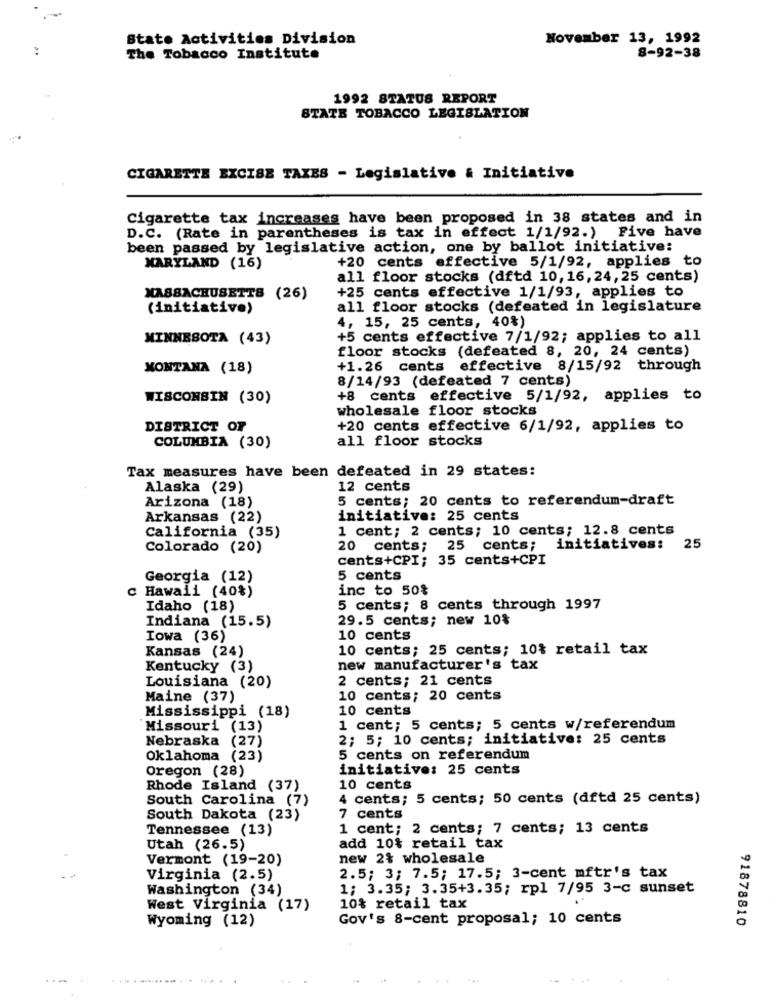
State Activities Division
November 13, 1992
The Tobacco Institute
8-92-38
1992 STATUS REPORT
STATE TOBACCO LEGISLATION
CIGARETTE EXCISE TAXES - Legislative & Initiative
Cigarette tax increases have been proposed in 38 states and in
D.C. (Rate in parentheses is tax in effect 1/1/92.) Five have
been passed by legislative action, one by ballot initiative:
+20 cents effective 5/1/92, applies to
MARYLAND (16)
all floor stocks (dftd 10, 16, 24, 25 cents)
+25 cents effective 1/1/93, applies to
MASSACHUSETTS (26)
(initiative)
all floor stocks (defeated in legislature
4, 15, 25 cents, 40%)
MINNESOTA (43)
+5 cents effective 7/1/92; applies to all
floor stocks (defeated 8, 20, 24 cents)
MONTANA (18)
+1.26 cents effective 8/15/92 through
8/14/93 (defeated 7 cents)
WISCONSIN (30)
+8 cents effective 5/1/92, applies to
wholesale floor stocks
DISTRICT OF
+20 cents effective 6/1/92, applies to
all floor stocks
COLUMBIA (30)
Tax measures have been defeated in 29 states:
Alaska (29)
12 cents
5 cents; 20 cents to referendum-draft
Arizona (18)
Arkansas (22)
initiative: 25 cents
1 cent; 2 cents; 10 cents; 12.8 cents
California (35)
Colorado (20)
20 cents; 25 cents; initiatives: 25
cents+CPI; 35 cents+CPI
Georgia (12)
5 cents
inc to 50%
c Hawaii (40%)
Idaho (18)
5 cents; 8 cents through 1997
29.5 cents; new 10%
Indiana (15.5)
Iowa (36)
10 cents
Kansas (24)
10 cents; 25 cents; 10% retail tax
Kentucky (3)
new manufacturer's tax
Louisiana (20)
2 cents; 21 cents
Maine (37)
10 cents; 20 cents
Mississippi (18)
10 cents
Missouri (13)
1 cent; 5 cents; 5 cents w/referendum
Nebraska (27)
2; 5; 10 cents; initiative: 25 cents
Oklahoma (23)
5 cents on referendum
Oregon (28)
initiative: 25 cents
Rhode Island (37)
10 cents
South Carolina (7)
4 cents; 5 cents; 50 cents (dftd 25 cents)
South Dakota (23)
7 cents
Tennessee (13)
1 cent; 2 cents; 7 cents; 13 cents
Utah (26.5)
add 10% retail tax
Vermont (19-20)
new 2% wholesale
Virginia (2.5)
2.5; 3; 7.5; 17.5; 3-cent mftr's tax
Washington (34)
1; 3.35; 3.35+3.35; rpl 7/95 3-c sunset
West Virginia (17)
10% retail tax
Wyoming (12)
Gov's 8-cent proposal; 10 cents
91878810
............